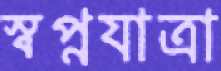
স্বপ্নযাত্রা